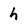
Character: h